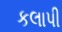
કલાપી